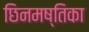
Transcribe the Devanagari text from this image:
छिनमष्तिका